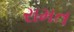
રામત